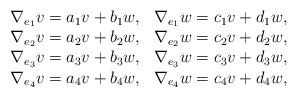
LaTeX: \begin{align*}\begin{array}{llll} &\nabla_{e_{1}}v=a_{1}v+b_{1}w,&\nabla_{e_{1}}w=c_{1}v+d_{1}w,\\&\nabla_{e_{2}}v=a_{2}v+b_{2}w,&\nabla_{e_{2}}w=c_{2}v+d_{2}w,\\&\nabla_{e_{3}}v=a_{3}v+b_{3}w,&\nabla_{e_{3}}w=c_{3}v+d_{3}w,\\&\nabla_{e_{4}}v=a_{4}v+b_{4}w,&\nabla_{e_{4}}w=c_{4}v+d_{4}w,\\\end{array}\end{align*}